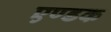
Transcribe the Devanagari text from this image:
एण्डक